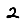
Digit: 2